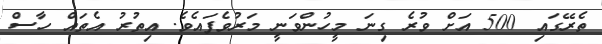
ތެރޭގައި 500 އަށް ވުރެ ގިނަ މީހުންވަނީ މަރުވެފައެވެ. އިތުރު އެތައް ހާސް